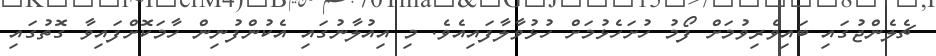
ޗެލެންޖުގައި ބައިވެރިވުމަށް ފޯމު ހުށަހެޅުމަށް ހުޅުވާލާފައިއެވެ. މި އިއުލާނުގައި އެކުންފުނިން ހާމަކޮށްފައިވާ ގޮތުގައި